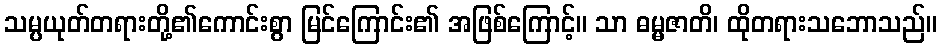
သမ္ပယုတ်တရားတို့၏ကောင်းစွာ မြင်ကြောင်း၏ အဖြစ်ကြောင့်။ သာ ဓမ္မဇာတိ၊ ထိုတရားသဘောသည်။